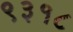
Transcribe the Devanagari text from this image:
९३१८